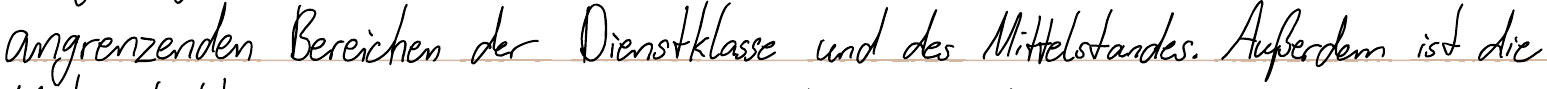
angrenzenden Bereichen der Dienstklasse und des Mittelstandes. Außerdem ist die